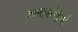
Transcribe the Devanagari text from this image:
अन्तर्कड़ियाँ